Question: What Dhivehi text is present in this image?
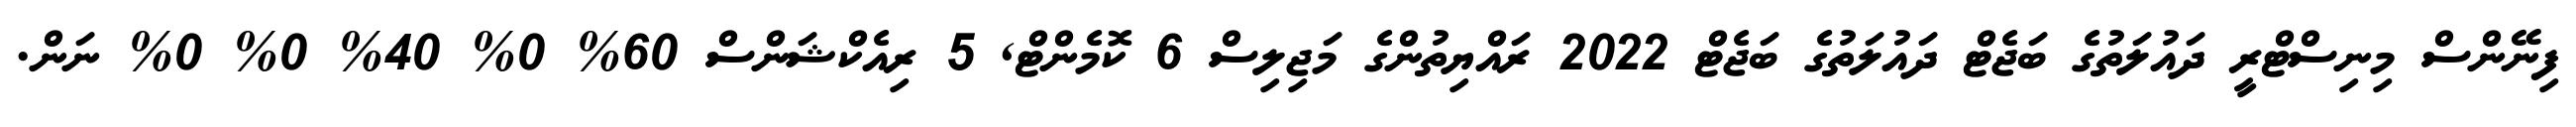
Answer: ފިނޭންސް މިނިސްޓްރީ ދައުލަތުގެ ބަޖެޓް ދައުލަތުގެ ބަޖެޓް 2022 ރައްޔިތުންގެ މަޖިލިސް 6 ކޮމެންޓް, 5 ރިއެކްޝަންސް 60% 0% 40% 0% 0% ނަން.